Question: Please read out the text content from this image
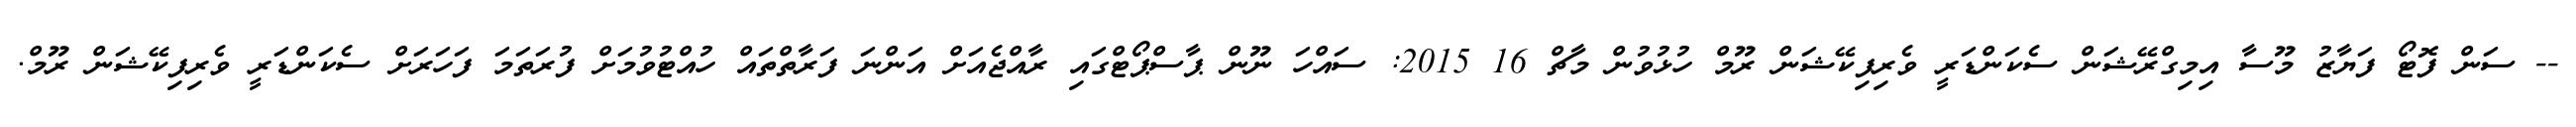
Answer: -- ސަން ފޮޓޯ ފަޔާޒު މޫސާ އިމިގްރޭޝަން ސެކަންޑަރީ ވެރިފިކޭޝަން ރޫމް ހުޅުވުން މާޗް 16 2015: ސައްހަ ނޫން ޕާސްޕޯޓްގައި ރާއްޖެއަށް އަންނަ ފަރާތްތައް ހުއްޓުވުމަށް ފުރަތަމަ ފަހަރަށް ސެކަންޑަރީ ވެރިފިކޭޝަން ރޫމް.